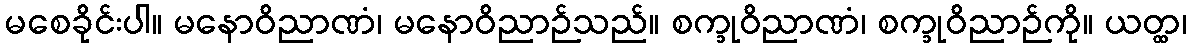
မစေခိုင်းပါ။ မနောဝိညာဏံ၊ မနောဝိညာဉ်သည်။ စက္ခုဝိညာဏံ၊ စက္ခုဝိညာဉ်ကို။ ယတ္ထ၊